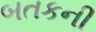
બતકની